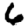
Digit: 6